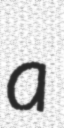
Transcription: a